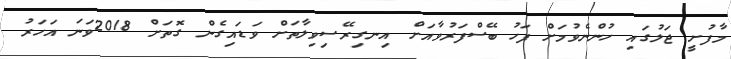
މާފުށީ ޖަލުގައި ހުންނެވުމަށް ފަހު ބޭސްފަރުވާއަށް އިނގިރޭސިވިލާތަށް ވަޑައިގެން ގޮތަށް 2018ވަނަ އަހަރު